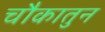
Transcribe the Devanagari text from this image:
चौकातुन